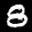
Label: 8